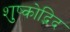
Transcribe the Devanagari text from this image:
शुष्कोद्भिद